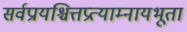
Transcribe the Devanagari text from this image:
सर्वप्रायश्चित्तप्रत्याम्नायभूतां